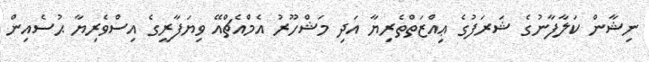
ނިޝާން ކަލާފާނުގެ ޝަރަފުގެ ޢިއްޒަތްތެރިޔާ އަދި މަޝްހޫރު އެމްއެޗްއޭ ވިޔަފާރީގެ އިސްވެރިޔާ ޙުސެއިން